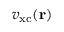
v _ { \mathrm { x c } } ( \mathbf { r } )